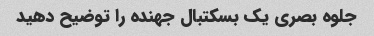
جلوه بصری یک بسکتبال جهنده را توضیح دهید